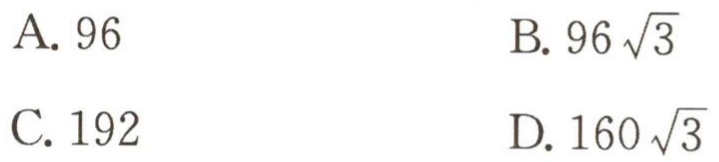
A. \(96\)

B. \(96\sqrt{3}\)

C. \(192\)

D. \(160\sqrt{3}\)